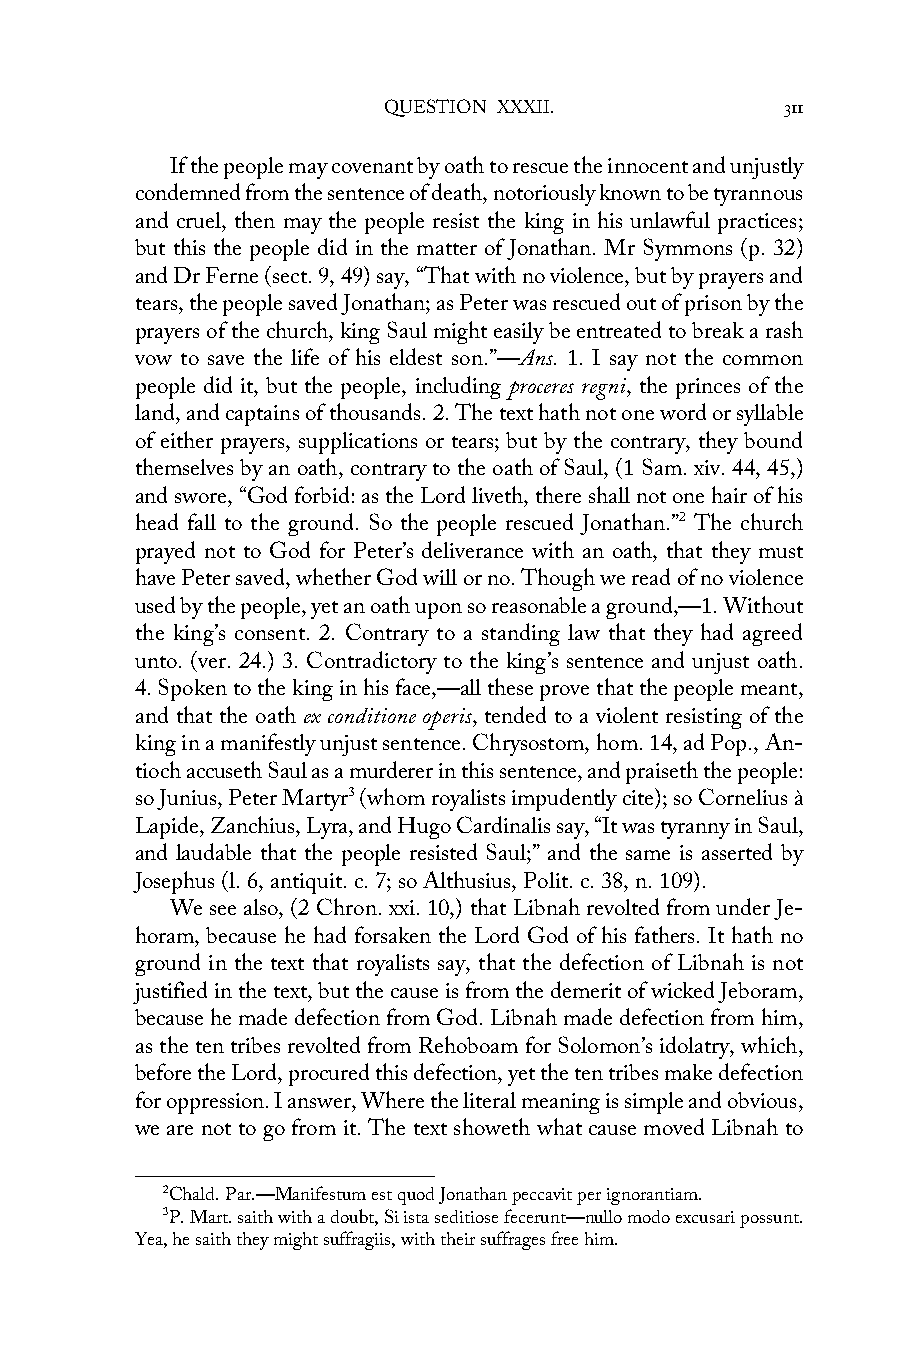
QUESTION XXXII.            311
 If the people may covenant by oath to rescue the innocent and unjustly
 condemned from the sentence of death, notoriously known to be tyrannous
 and cruel, then may the people resist the king in his unlawful practices;
 but this the people did in the matter of Jonathan. Mr Symmons (p. 32)
 and Dr Ferne (sect. 9, 49) say, “That with no violence, but by prayers and
 tears, the people saved Jonathan; as Peter was rescued out of prison by the
 prayers of the church, king Saul might easily be entreated to break a rash
 vow to save the life of his eldest son.”—Ans. 1. I say not the common
 people did it, but the people, including proceres regni, the princes of the
 land, and captains of thousands. 2. The text hath not one word or syllable
 of either prayers, supplications or tears; but by the contrary, they bound
 themselves by an oath, contrary to the oath of Saul, (1 Sam. xiv. 44, 45,)
 and swore, “God forbid: as the Lord liveth, there shall not one hair of his
 head fall to the ground. So the people rescued Jonathan.”2 The church
 prayed not to God for Peter’s deliverance with an oath, that they must
 have Peter saved, whether God will or no. Though we read of no violence
 used by the people, yet an oath upon so reasonable a ground,—1. Without
 the king’s consent. 2. Contrary to a standing law that they had agreed
 unto. (ver. 24.) 3. Contradictory to the king’s sentence and unjust oath.
 4. Spoken to the king in his face,—all these prove that the people meant,
 and that the oath ex conditione operis, tended to a violent resisting of the
 king in a manifestly unjust sentence. Chrysostom, hom. 14, ad Pop., An-
 tioch accuseth Saul as a murderer in this sentence, and praiseth the people:
 so Junius, Peter Martyr3 (whom royalists impudently cite); so Cornelius à
 Lapide, Zanchius, Lyra, and Hugo Cardinalis say, “It was tyranny in Saul,
 and laudable that the people resisted Saul;” and the same is asserted by
 Josephus (l. 6, antiquit. c. 7; so Althusius, Polit. c. 38, n. 109).
 We see also, (2 Chron. xxi. 10,) that Libnah revolted from under Je-
 horam, because he had forsaken the Lord God of his fathers. It hath no
 ground in the text that royalists say, that the defection of Libnah is not
 justified in the text, but the cause is from the demerit of wicked Jeboram,
 because he made defection from God. Libnah made defection from him,
 as the ten tribes revolted from Rehoboam for Solomon’s idolatry, which,
 before the Lord, procured this defection, yet the ten tribes make defection
 for oppression. I answer, Where the literal meaning is simple and obvious,
 we are not to go from it. The text showeth what cause moved Libnah to
 2Chald. Par.—Manifestum est quod Jonathan peccavit per ignorantiam.
 3P. Mart. saith with a doubt, Si ista seditiose fecerunt—nullo modo excusari possunt.
 Yea, he saith they might suffragiis, with their suffrages free him.